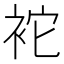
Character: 袉